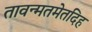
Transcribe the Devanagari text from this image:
तावन्मतमेतदिह